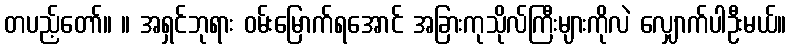
တပည့်တော်။ ။ အရှင်ဘုရား ဝမ်းမြောက်ရအောင် အခြားကုသိုလ်ကြီးများကိုလဲ လျှောက်ပါဦးမယ်။